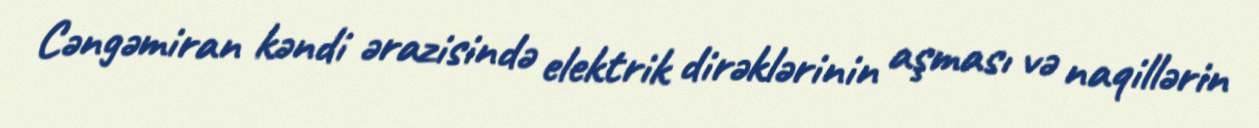
Cəngəmiran kəndi ərazisində elektrik dirəklərinin aşması və naqillərin